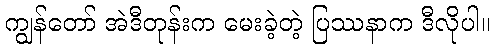
ကျွန်တော် အဲဒီတုန်းက မေးခဲ့တဲ့ ပြဿနာက ဒီလိုပါ။